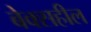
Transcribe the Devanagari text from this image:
बेक्सहील